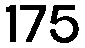
175